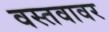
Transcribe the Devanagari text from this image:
वस्तवावर